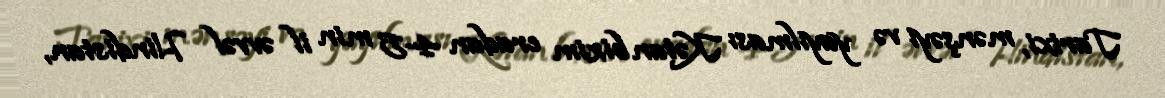
Tarixi, mənşəyi və yayılması Kətan bizim eradan 4-5 min il əvvəl Hindistan,